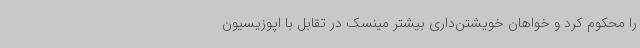
را محکوم کرد و خواهان خویشتن‌داری بیشتر مینسک در تقابل با اپوزیسیون